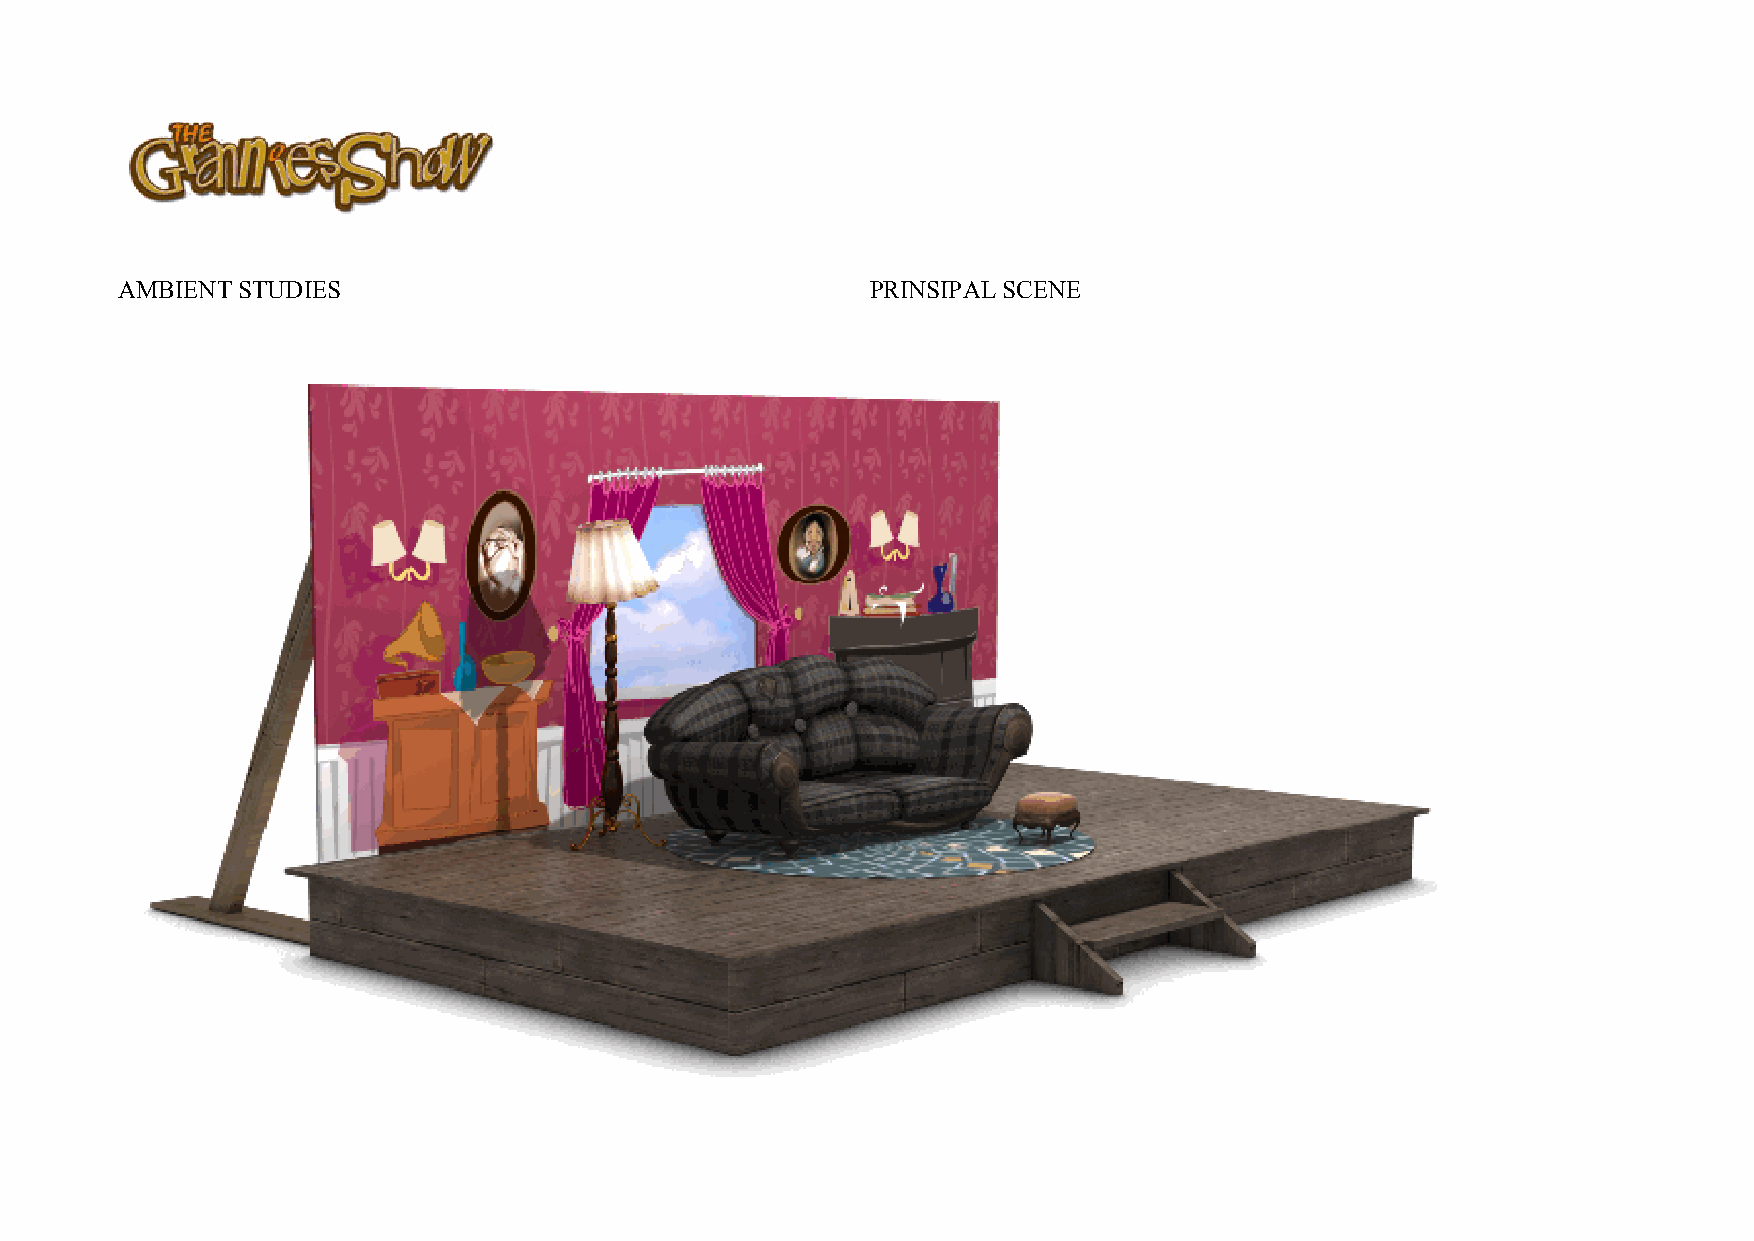
AMBIENT STUDIES                                   PRINSIPAL SCENE